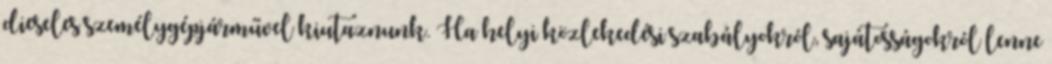
dieseles személygépjárművel kiutaznunk. Ha helyi közlekedési szabályokról, sajátosságokról lenne